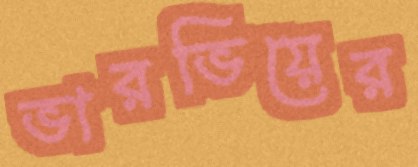
ভারভিয়ের